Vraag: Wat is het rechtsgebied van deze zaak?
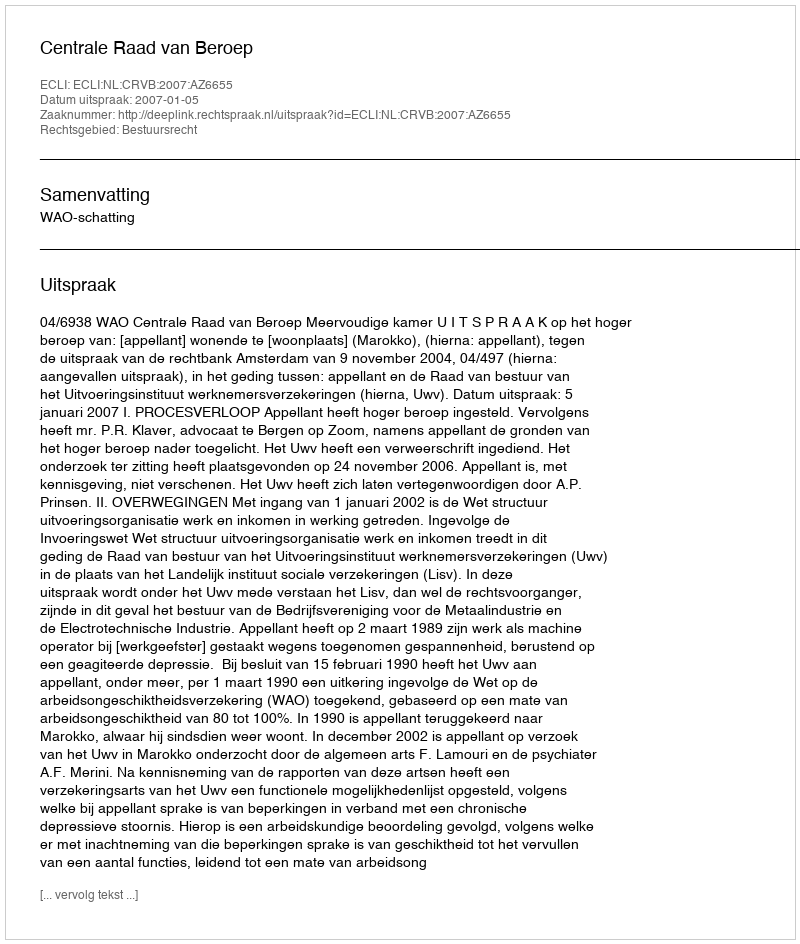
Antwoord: Bestuursrecht